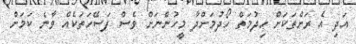
އަދި އެ ރަށްތަކަށް ހިދުމަތް ހޯދުމަށްދާ މީހުންނަށް ވެސް ފަސޭހަތަކެއް ވާނެ ކަމަށް